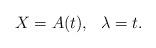
LaTeX: \begin{align*}X=A(t), \,\,\,\, \lambda=t.\end{align*}